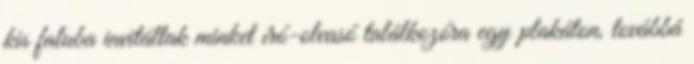
kis faluba invitáltak minket író-olvasó találkozóra egy plakáton, továbbá